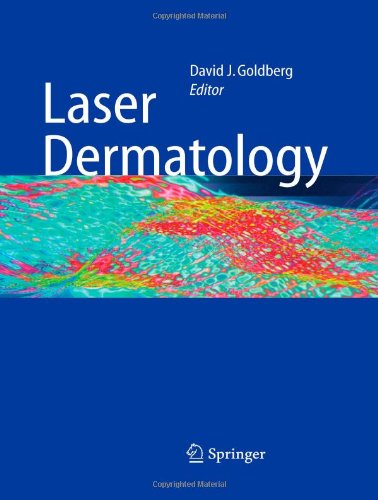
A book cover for Laser Dermatology; Medical Books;